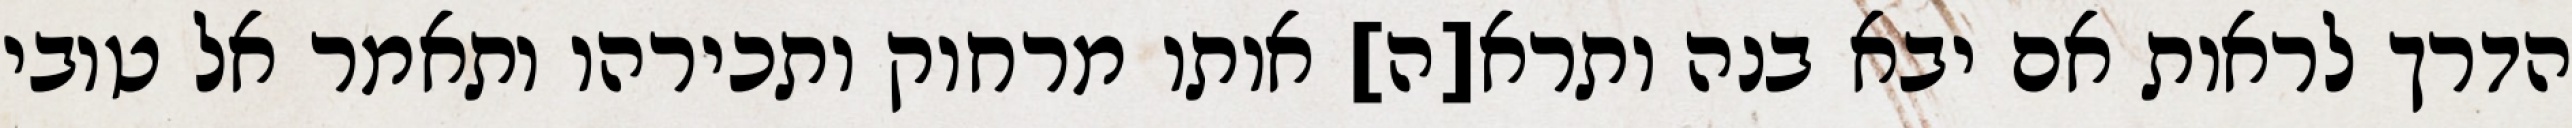
הדרך לראות אם יבא בנה ותרא[ה] אותו מרחוק ותכירהו ותאמר אל טובי